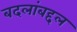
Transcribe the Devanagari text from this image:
बदलांबद्दल